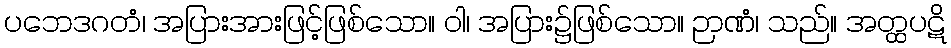
ပဘေဒဂတံ၊ အပြားအားဖြင့်ဖြစ်သော။ ဝါ၊ အပြား၌ဖြစ်သော။ ဉာဏံ၊ သည်။ အတ္ထပဋိ